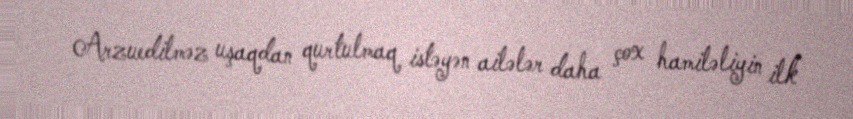
Arzuedilməz uşaqdan qurtulmaq istəyən ailələr daha çox hamiləliyin ilk